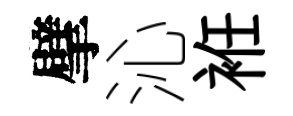
擘沁袵